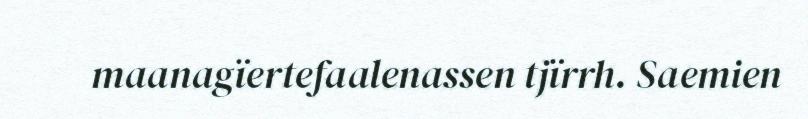
maanagïertefaalenassen tjïrrh. Saemien